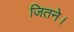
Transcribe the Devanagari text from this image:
जितने।